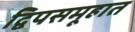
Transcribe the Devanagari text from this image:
द्विपसमूहात